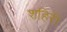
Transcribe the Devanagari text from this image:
शहिरी